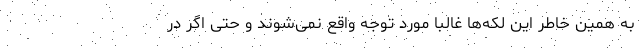
به همین خاطر این لکه‌ها غالبا مورد توجه واقع نمی‌شوند و حتی اگر در